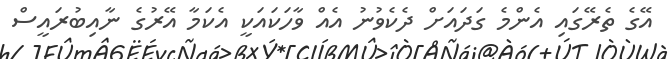
އޭގެ ތެރޭގައި އެންމެ ގަދައަށް ދެކެވުނު އެއް ވާހަކައަކީ އެކަމާ އޭރުގެ ނާއިބުރައީސް